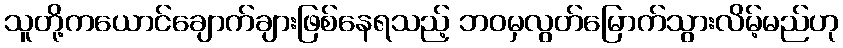
သူတို့ကယောင်ချောက်ချားဖြစ်နေရသည့် ဘဝမှလွတ်မြောက်သွားလိမ့်မည်ဟု